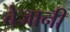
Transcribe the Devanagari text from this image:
बेजानी